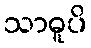
သာဓူပိ